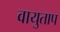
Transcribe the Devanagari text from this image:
वायुताप